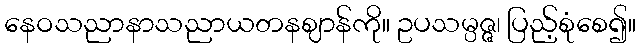
နေဝသညာနာသညာယတနဈာန်ကို။ ဥပသမ္ပဇ္ဇ၊ ပြည့်စုံစေ၍။